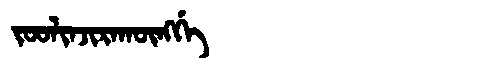
Manchu: ᠵᠣᠣᠯᡳᠨᠵᡳᡵᠠᡴᡡᠩᡤᡝ
Romanization: JOOLINJIRAKŪNGGE